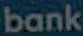
bank